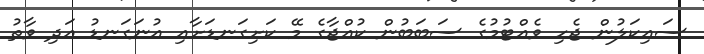
ސައިކަލުން ޖެހި ވެއްޓުމުގެ ސަބަބުން ކުއްޖާގެ މޭ ކަށިގަނޑަށާއި އުނަގަނޑު އަދި ވާތު